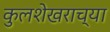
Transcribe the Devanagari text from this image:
कुलशेखराच्या